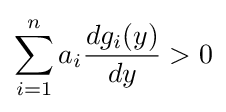
\sum _{i=1}^{n}a_{i}{{dg_{i}(y)} \over {dy}}>0